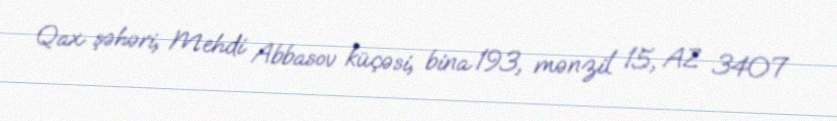
Qax şəhəri, Mehdi Abbasov küçəsi, bina 193, mənzil 15, AZ 3407